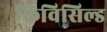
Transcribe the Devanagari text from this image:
किविसिल्ड